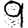
Digit: 9